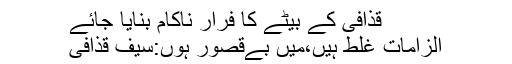
قذافی کے بیٹے کا فرار ناکام بنایا جائے
الزامات غلط ہیں،میں بےقصور ہوں:سیف قذافی